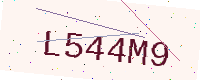
Text: L544M9